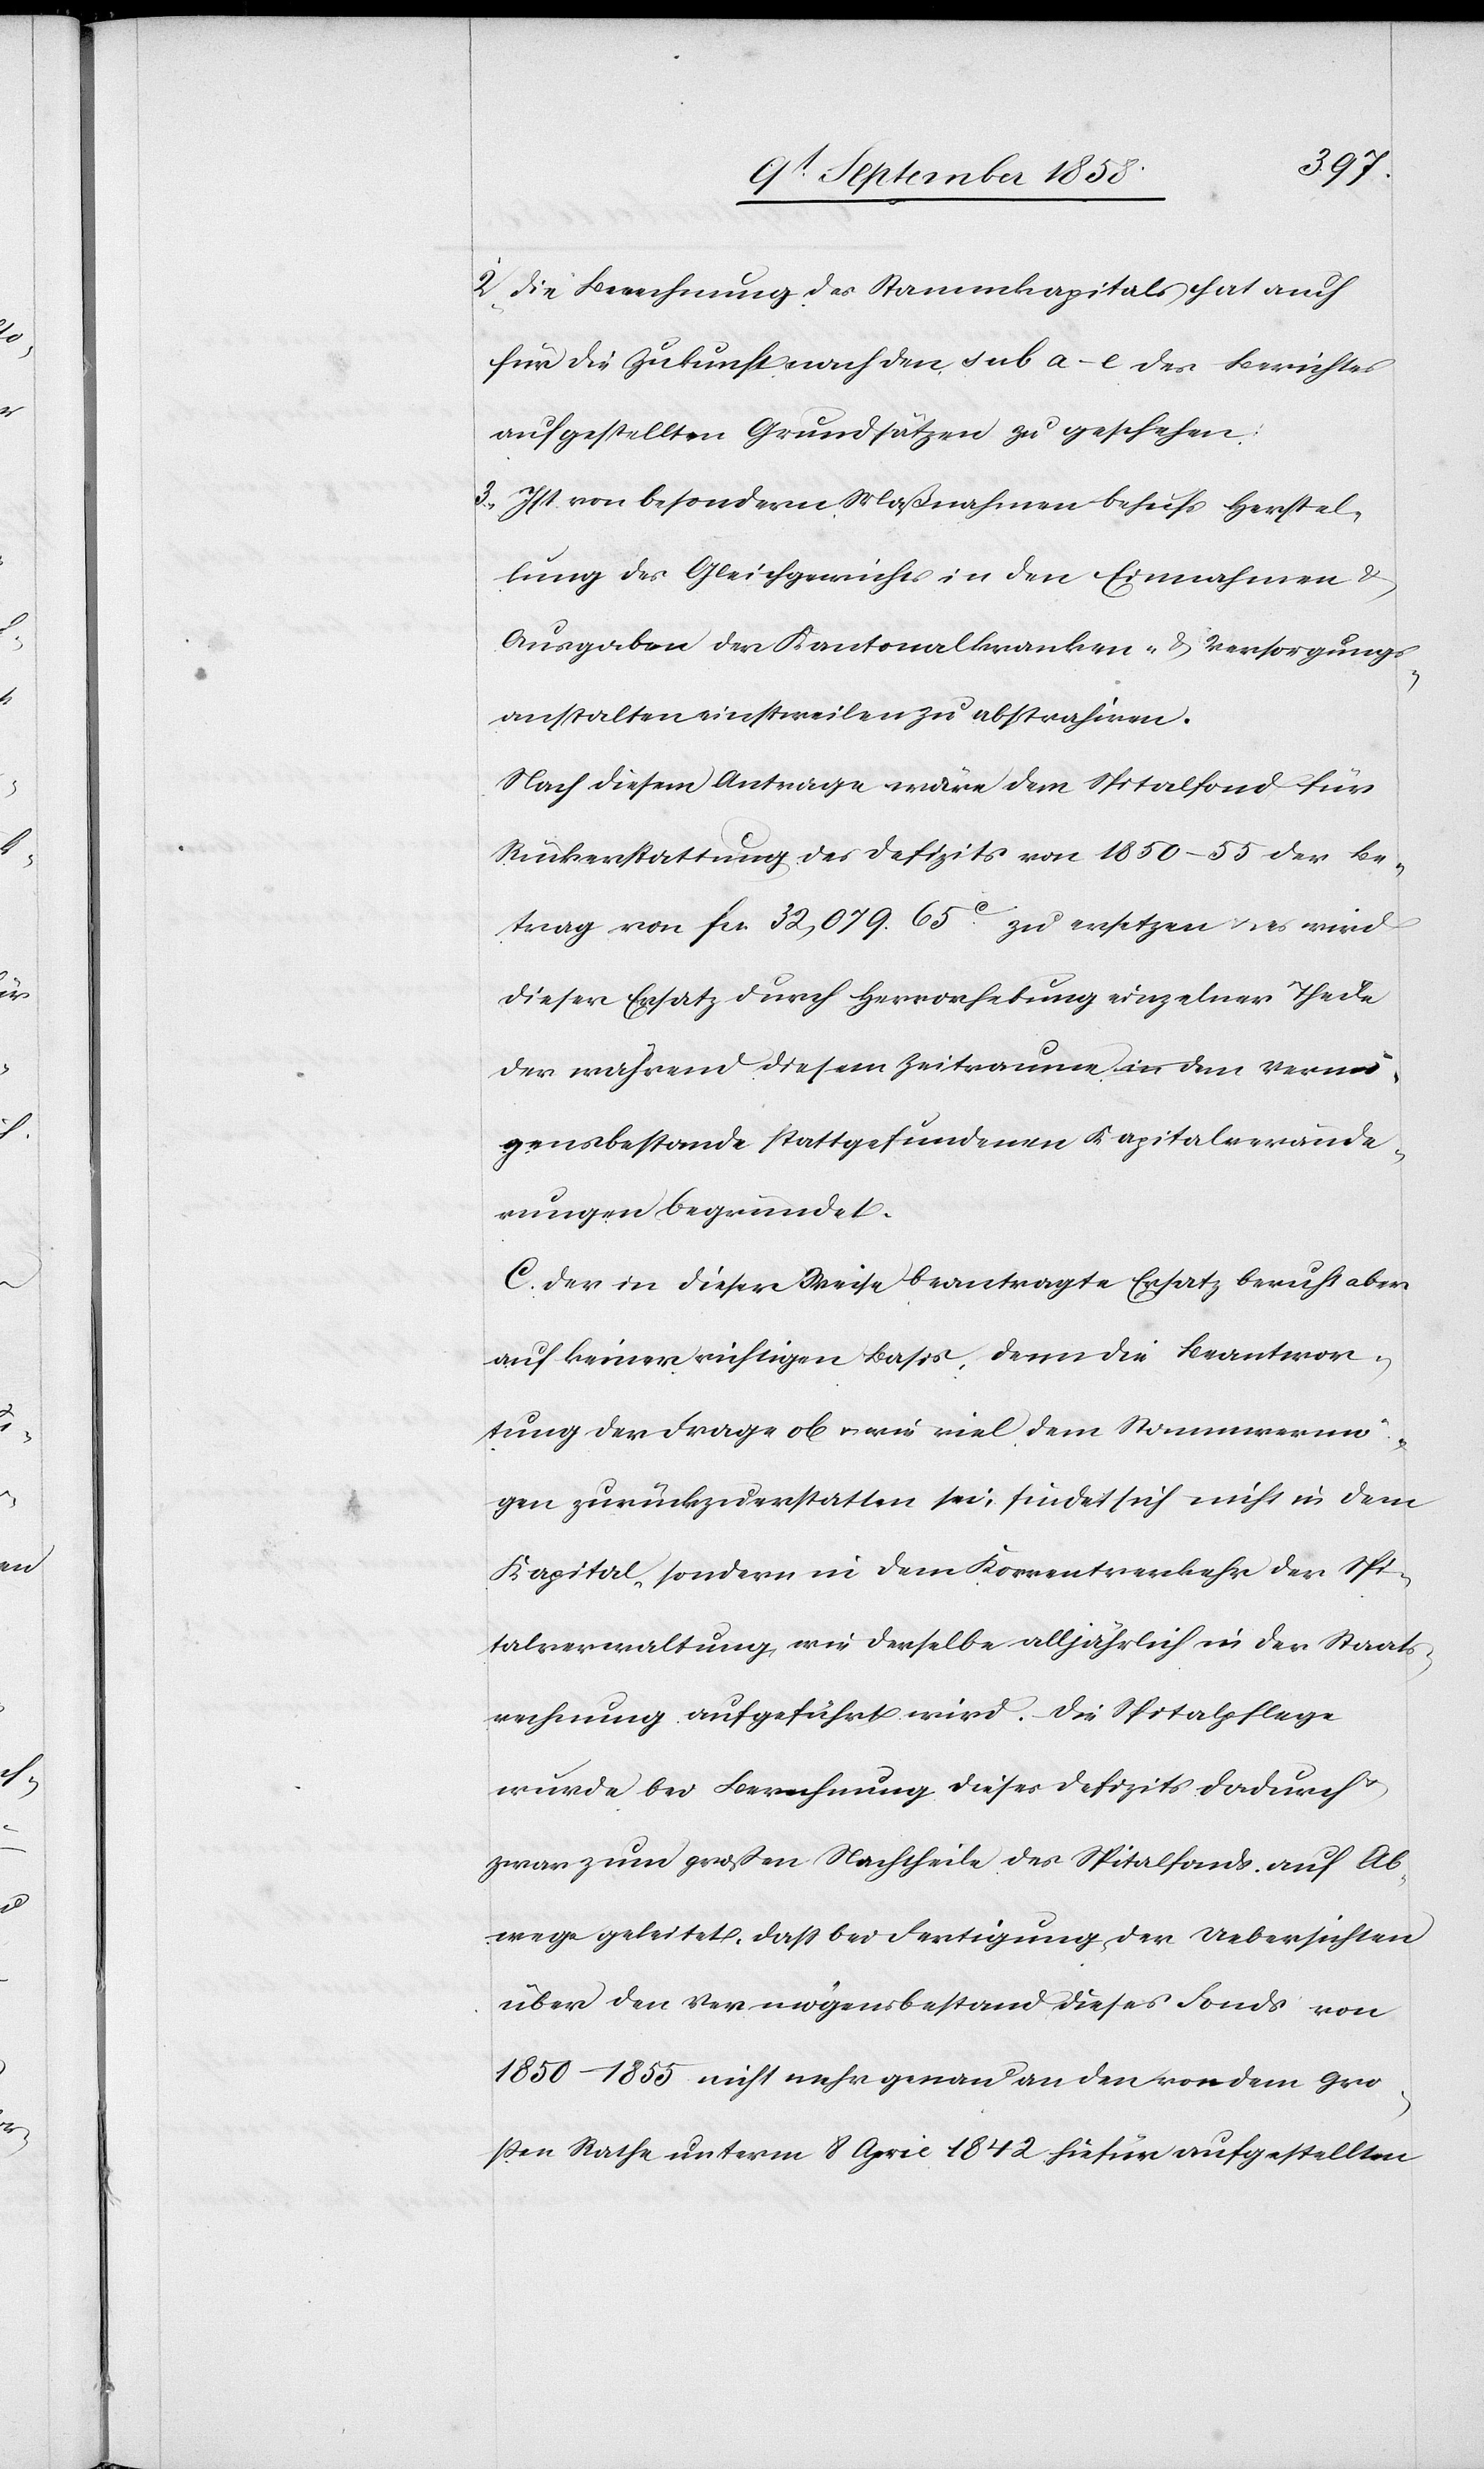
2. Die Berechnung des Stammkapitals hat auch
für die Zukunft nach den sub a–e des Berichtes
aufgestellten Grundsätzen zu geschehen.
3. Ist von besondern Maßnahmen behufs Herstel¬
lung des Gleichgewichts in den Einnahmen &
Ausgaben der Kantonalkranken- & Versorgungs¬
anstalten einstweilen zu abstrahiren.
Nach diesem Antrage wäre dem Spitalfond für
Rückerstattung des Defizits von 1850–55 der Be¬
trag von fcs. 32,079. 65c. zu ersetzen & es wird
dieser Ersatz durch Hervorhebung einzelner Theile
der während diesem Zeitraume in dem Vermö¬
gensbestande stattgefundenen Kapitalverände¬
rungen begründet.
C. Der in dieser Weise beantragte Ersatz beruht aber
auf keiner richtigen Basis, denn die Beantwor¬
tung der Frage ob & wie viel dem Stammvermö¬
gen zurückzuerstatten sei, findet sich nicht in dem
Kapital, sondern in dem Korrentverkehr der Spi¬
talverwaltung, wie derselbe alljährlich in der Staats¬
rechnung aufgeführt wird. Die Spitalpflege
wurde bei Berechnung dieses Defizits dadurch
zwar zum großen Nachtheile des Spitalfonds auf Ab¬
wege geleitet, dass bei Fertigung der Uebersichten
über den Vermögensbestand dieses Fonds von
1850–1855 nicht mehr genau an den von dem Gro¬
ßen Rathe unterm 8 April 1842 hiefür aufgestellten